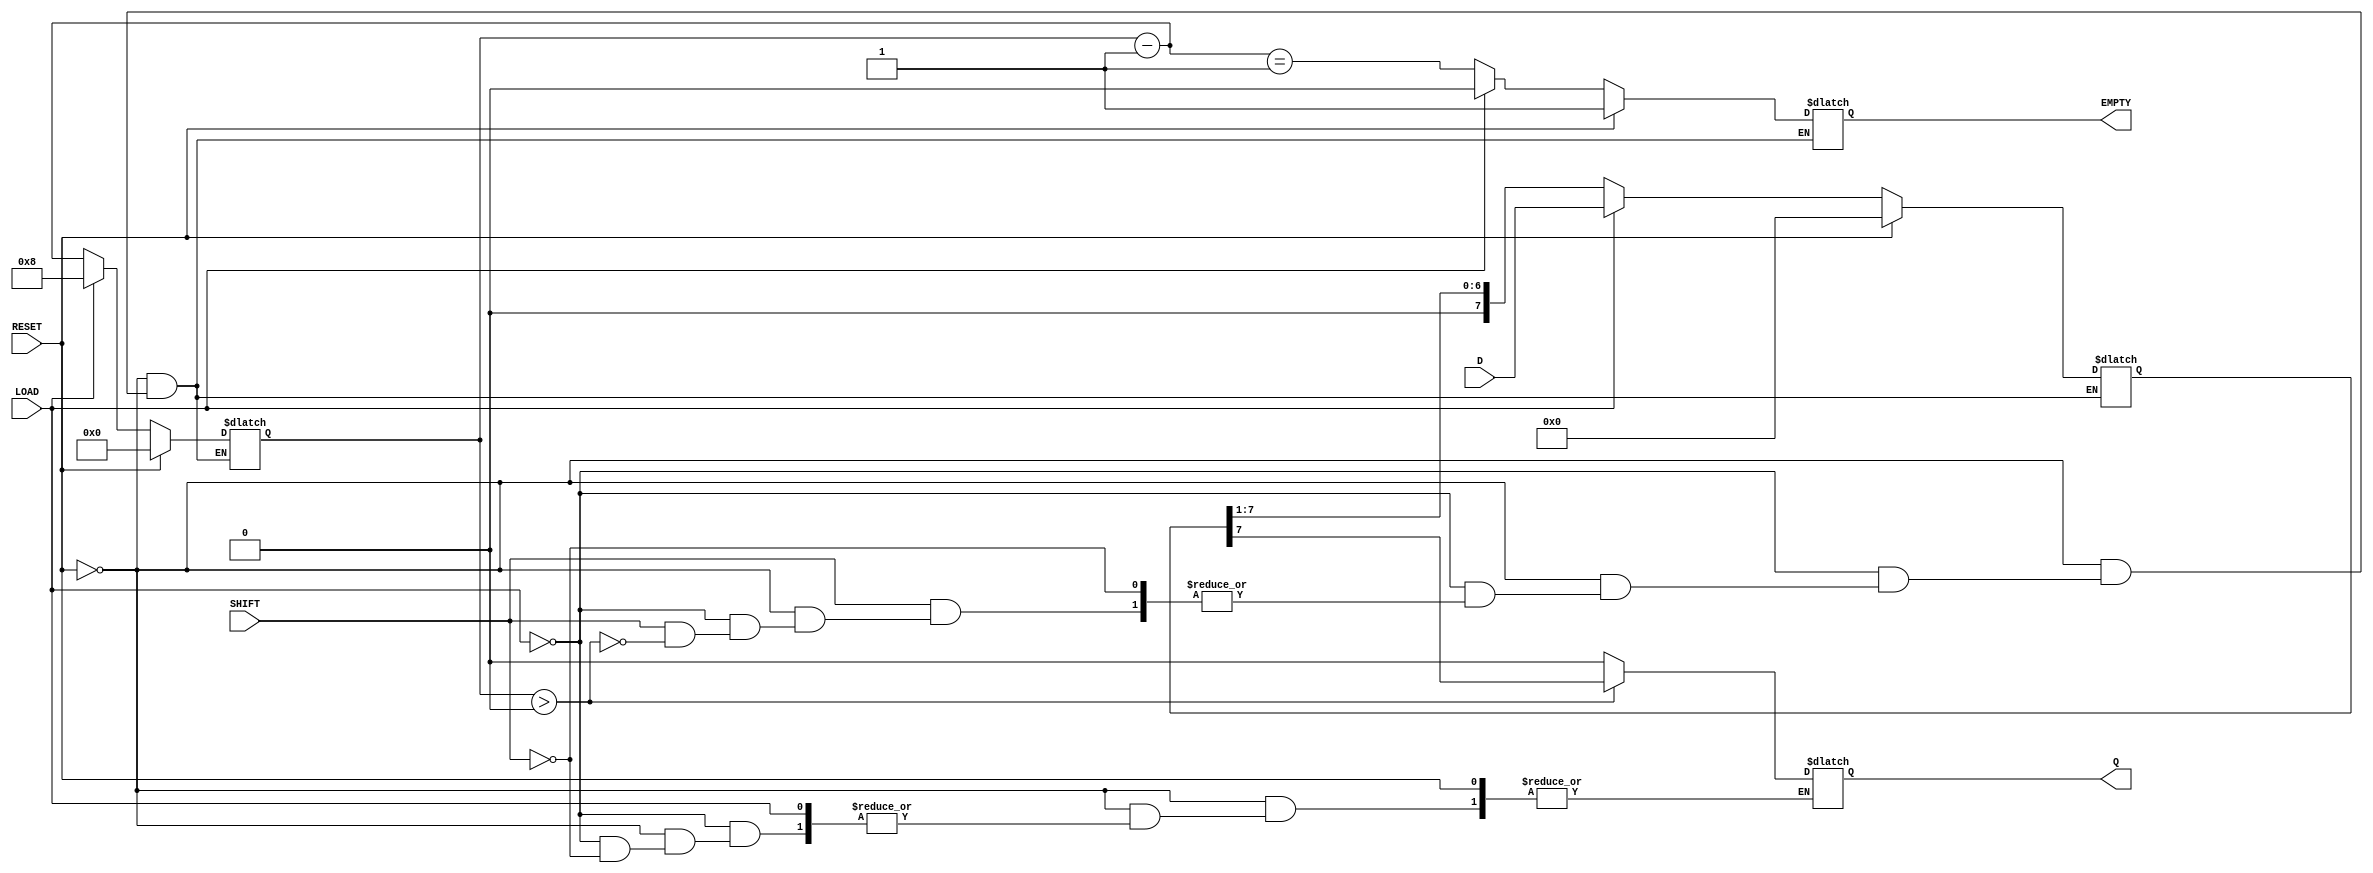
module PISO_Register #(
    parameter N = 8  // Parameter for the number of bits
) (
    input wire [N-1:0] D,      // Parallel data input
    input wire LOAD,            // Load control signal
    input wire SHIFT,           // Shift control signal
    input wire RESET,           // Asynchronous reset signal
    output reg Q,               // Serial output
    output reg EMPTY            // Empty flag
);

    reg [N-1:0] shift_reg;      // Shift register to hold the data
    reg [3:0] count;            // Counter to track how many bits are left to shift out

    // Asynchronous reset and load operation
    always @* begin
        if (RESET) begin
            shift_reg = 0;       // Clear the shift register
            EMPTY = 1;          // Set empty flag high
            count = 0;          // Reset count
        end else if (LOAD) begin
            shift_reg = D;       // Load data in
            EMPTY = 0;          // Data was loaded, register is not empty
            count = N;          // Set count to N since we have N bits loaded
        end else if (SHIFT) begin
            if (count > 0) begin
                Q = shift_reg[N-1]; // Output the MSB
                shift_reg = {1'b0, shift_reg[N-1:1]}; // Shift left (drop the MSB)
                count = count - 1;  // Decrement count
                EMPTY = (count == 1); // Set EMPTY if it's the last bit being shifted out
            end else begin
                Q = 1'b0;            // Output zero if nothing is left to output
            end
        end
    end

endmodule